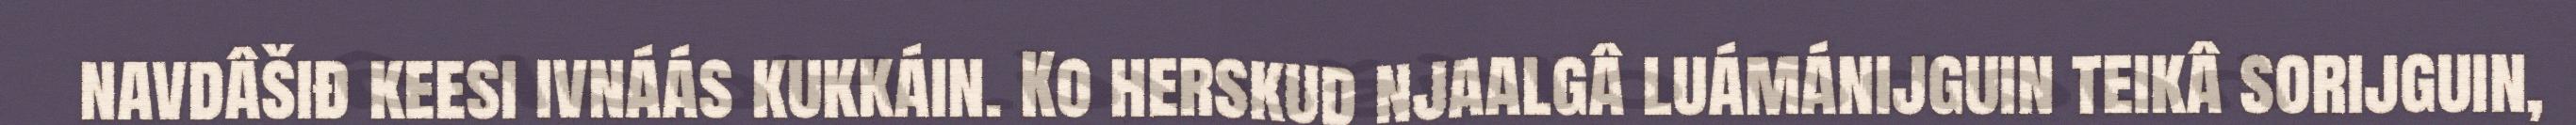
navdâšiđ keesi ivnáás kukkáin. Ko herskud njaalgâ luámánijguin teikâ sorijguin,